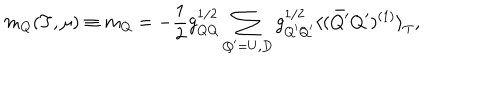
m _ { Q } ( T , \mu ) \equiv m _ { Q } = - \frac { 1 } { 2 } g _ { Q Q } ^ { 1 / 2 } \sum _ { Q ^ { \prime } = U , D } g _ { Q ^ { \prime } Q ^ { \prime } } ^ { 1 / 2 } { \langle ( \bar { Q ^ { \prime } } Q ^ { \prime } ) ^ { ( 1 ) } \rangle } _ { T } ,